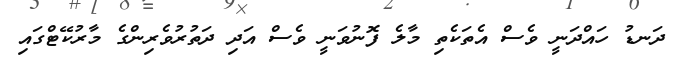
ދަނޑު ހައްދަނީ ވެސް އެތަކެތި މާލެ ފޮނުވަނީ ވެސް އަދި ދަތުރުވެރިންގެ މާރުކޭޓްގައި